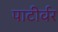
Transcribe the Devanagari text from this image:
पाटीर्वर